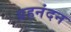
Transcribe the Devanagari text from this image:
ग्रहनंदन